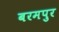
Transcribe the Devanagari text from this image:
बरमपुर